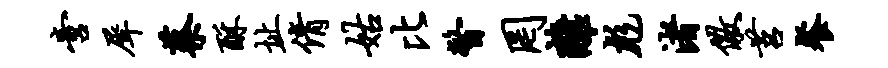
啻犀蔡酥址倩姑比瞥罔离彪渚儆莒餐